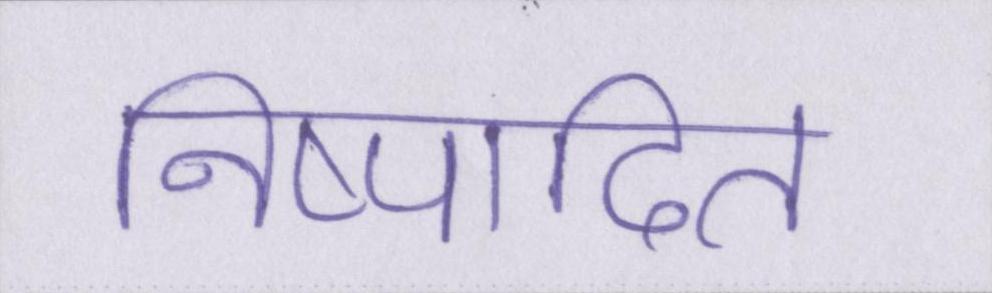
निष्पादित